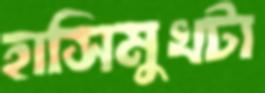
হাসিমুখটা